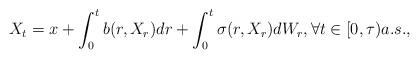
LaTeX: \begin{align*}X_t=x+\int_0^tb(r,X_r)dr+\int_0^t\sigma(r,X_r)dW_r, \forall t\in [0,\tau) a.s.,\end{align*}